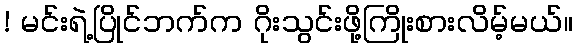
! မင်းရဲ့ပြိုင်ဘက်က ဂိုးသွင်းဖို့ကြိုးစားလိမ့်မယ်။